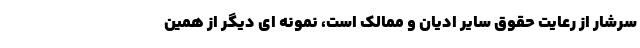
سرشار از رعایت حقوق سایر ادیان و ممالک است، نمونه ای دیگر از همین